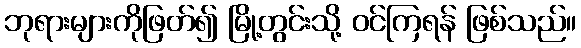
ဘုရားများကိုဖြတ်၍ မြို့တွင်းသို့ ဝင်ကြရန် ဖြစ်သည်။